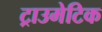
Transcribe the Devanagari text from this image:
ट्राउमेटिक